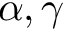
\alpha , \gamma